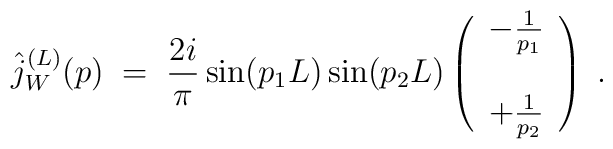
\hat{j}_W^{(L)}(p) \; = \;\frac{2i}{\pi} \sin(p_1 L) \sin(p_2 L) \left( \begin{array}{c}- \frac{1}{p_1} \\ \; \\+ \frac{1}{p_2}\end{array} \right) \; .